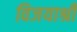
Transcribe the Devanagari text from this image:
विजयाश्री